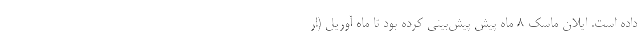
داده است. ایلان ماسک 8 ماه پیش پیش‌بینی کرده بود تا ماه آوریل (ار